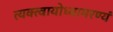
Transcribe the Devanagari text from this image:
त्यक्त्वायोध्यामरण्यं